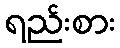
ရည်းစား